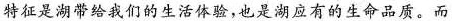
特征是湖带给我们的生活体验，也是湖应有的生命品质。而